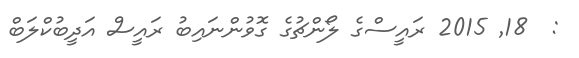
:  18